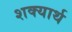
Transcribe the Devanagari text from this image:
शक्यार्थ